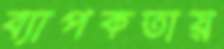
ব্যাপকতায়